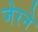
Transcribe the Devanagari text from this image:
जेरने